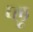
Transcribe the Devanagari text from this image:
प्लू